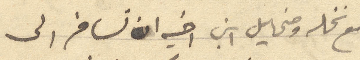
مع نخله ومخائيل ابن أخيه ان نسافر الى